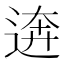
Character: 逩